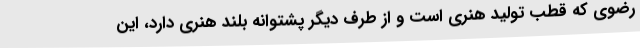
رضوی که قطب تولید هنری است و از طرف دیگر پشتوانه بلند هنری دارد، این